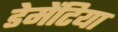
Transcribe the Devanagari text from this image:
डेमेंटिया